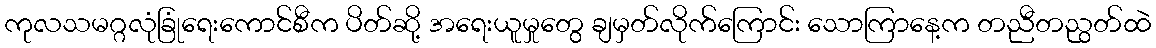
ကုလသမဂ္ဂလုံခြုံရေးကောင်စီက ပိတ်ဆို့ အရေးယူမှုတွေ ချမှတ်လိုက်ကြောင်း သောကြာနေ့က တညီတညွတ်ထဲ